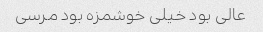
عالی بود خیلی خوشمزه بود مرسی